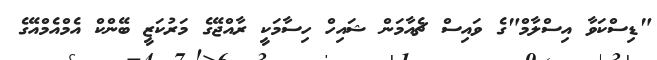
"ޑިސްކަވާ އިސްލާމް"ގެ ވައިސް ޗެއާމަން ޝައިހް ހިސާމަކީ ރާއްޖޭގެ މަރުކަޒީ ބޭންކް އެމްއެމްއޭގެ